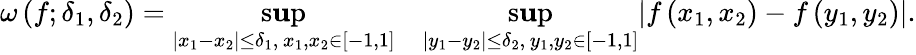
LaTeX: \omega\left(f;\delta_{1},\delta_{2}\right)=\operatorname*{s\mathbf{u}p}_{|x_{1}-x_{2}|\leq\delta_{1},\, x_{1},x_{2}\in[-1,1]}\quad\operatorname*{s\mathbf{u}p}_{|y_{1}-y_{2}|\leq\delta_{2},\, y_{1},y_{2}\in[-1,1]}|f\left(x_{1},x_{2}\right)-f\left(y_{1},y_{2}\right)|.